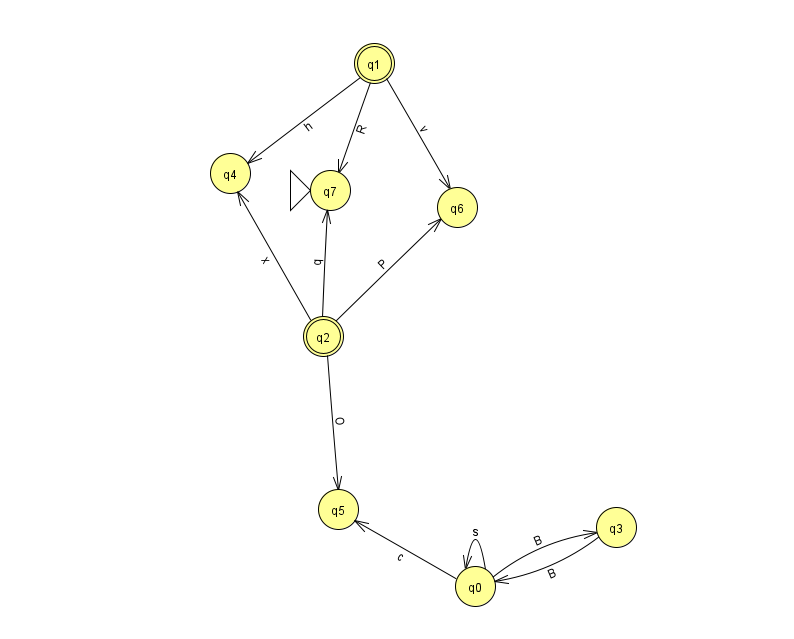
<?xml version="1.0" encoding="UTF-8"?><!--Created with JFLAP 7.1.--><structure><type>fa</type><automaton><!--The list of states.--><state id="0" name="q0"><x>475.0</x><y>573.0</y></state><state id="1" name="q1"><x>374.0</x><y>50.0</y><final/></state><state id="2" name="q2"><x>323.0</x><y>323.0</y><final/></state><state id="3" name="q3"><x>616.0</x><y>514.0</y></state><state id="4" name="q4"><x>230.0</x><y>160.0</y></state><state id="5" name="q5"><x>338.0</x><y>496.0</y></state><state id="6" name="q6"><x>457.0</x><y>194.0</y></state><state id="7" name="q7"><x>330.0</x><y>177.0</y><initial/></state><!--The list of transitions.--><transition><from>0</from><to>3</to><read>B</read></transition><transition><from>3</from><to>0</to><read>B</read></transition><transition><from>1</from><to>7</to><read>R</read></transition><transition><from>2</from><to>7</to><read>q</read></transition><transition><from>0</from><to>0</to><read>s</read></transition><transition><from>2</from><to>6</to><read>P</read></transition><transition><from>0</from><to>5</to><read>c</read></transition><transition><from>1</from><to>6</to><read>v</read></transition><transition><from>2</from><to>5</to><read>O</read></transition><transition><from>2</from><to>4</to><read>x</read></transition><transition><from>1</from><to>4</to><read>h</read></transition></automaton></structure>